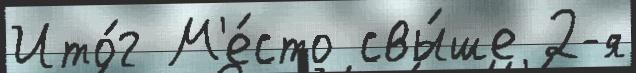
Ито́г М'е́сто свы́ше 2-я